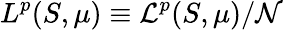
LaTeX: L^{p}(S,\mu)\equiv{\mathcal{L}}^{p}(S,\mu)/{\mathcal{N}}